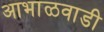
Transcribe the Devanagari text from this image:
आभाळवाडी